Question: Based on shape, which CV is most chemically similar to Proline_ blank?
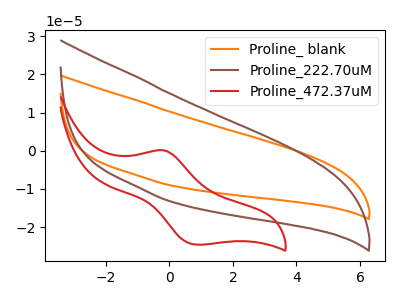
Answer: <think>The orange curve "Proline_ blank" has no peaks. The brown curve "Proline_222.70uM" has no peaks. The red curve "Proline_472.37uM" has an anodic peak at (-0.20V, 0.10uA) and a cathodic peak at (0.85V, -24.60uA).
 Neither "Proline_ blank" or "Proline_222.70uM" have any peaks. "Proline_ blank" and "Proline_472.37uM" have a different number of peaks. "Proline_222.70uM" and "Proline_472.37uM" have a different number of peaks.</think>
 <answer>The CV with the most similar shape to "Proline_222.70uM" is "Proline_ blank".</answer>
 <eval>"Proline_ blank"</eval>